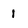
Character: 1